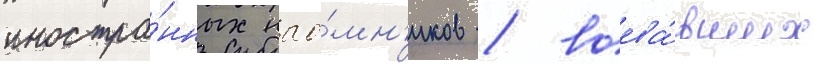
иностра́нных нао́мн'иков / воева́вших